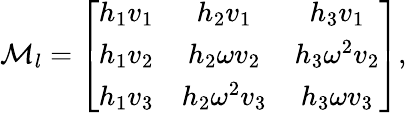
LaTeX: {\cal M}_{l}=\left[\begin{array}{ccc}{{h_{1}v_{1}}}&{{h_{2}v_{1}}}&{{h_{3}v_{1}}}\\ {{h_{1}v_{2}}}&{{h_{2}\omega v_{2}}}&{{h_{3}\omega^{2}v_{2}}}\\ {{h_{1}v_{3}}}&{{h_{2}\omega^{2}v_{3}}}&{{h_{3}\omega v_{3}}}\end{array}\right],